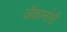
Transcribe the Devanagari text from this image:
जैकानोरी